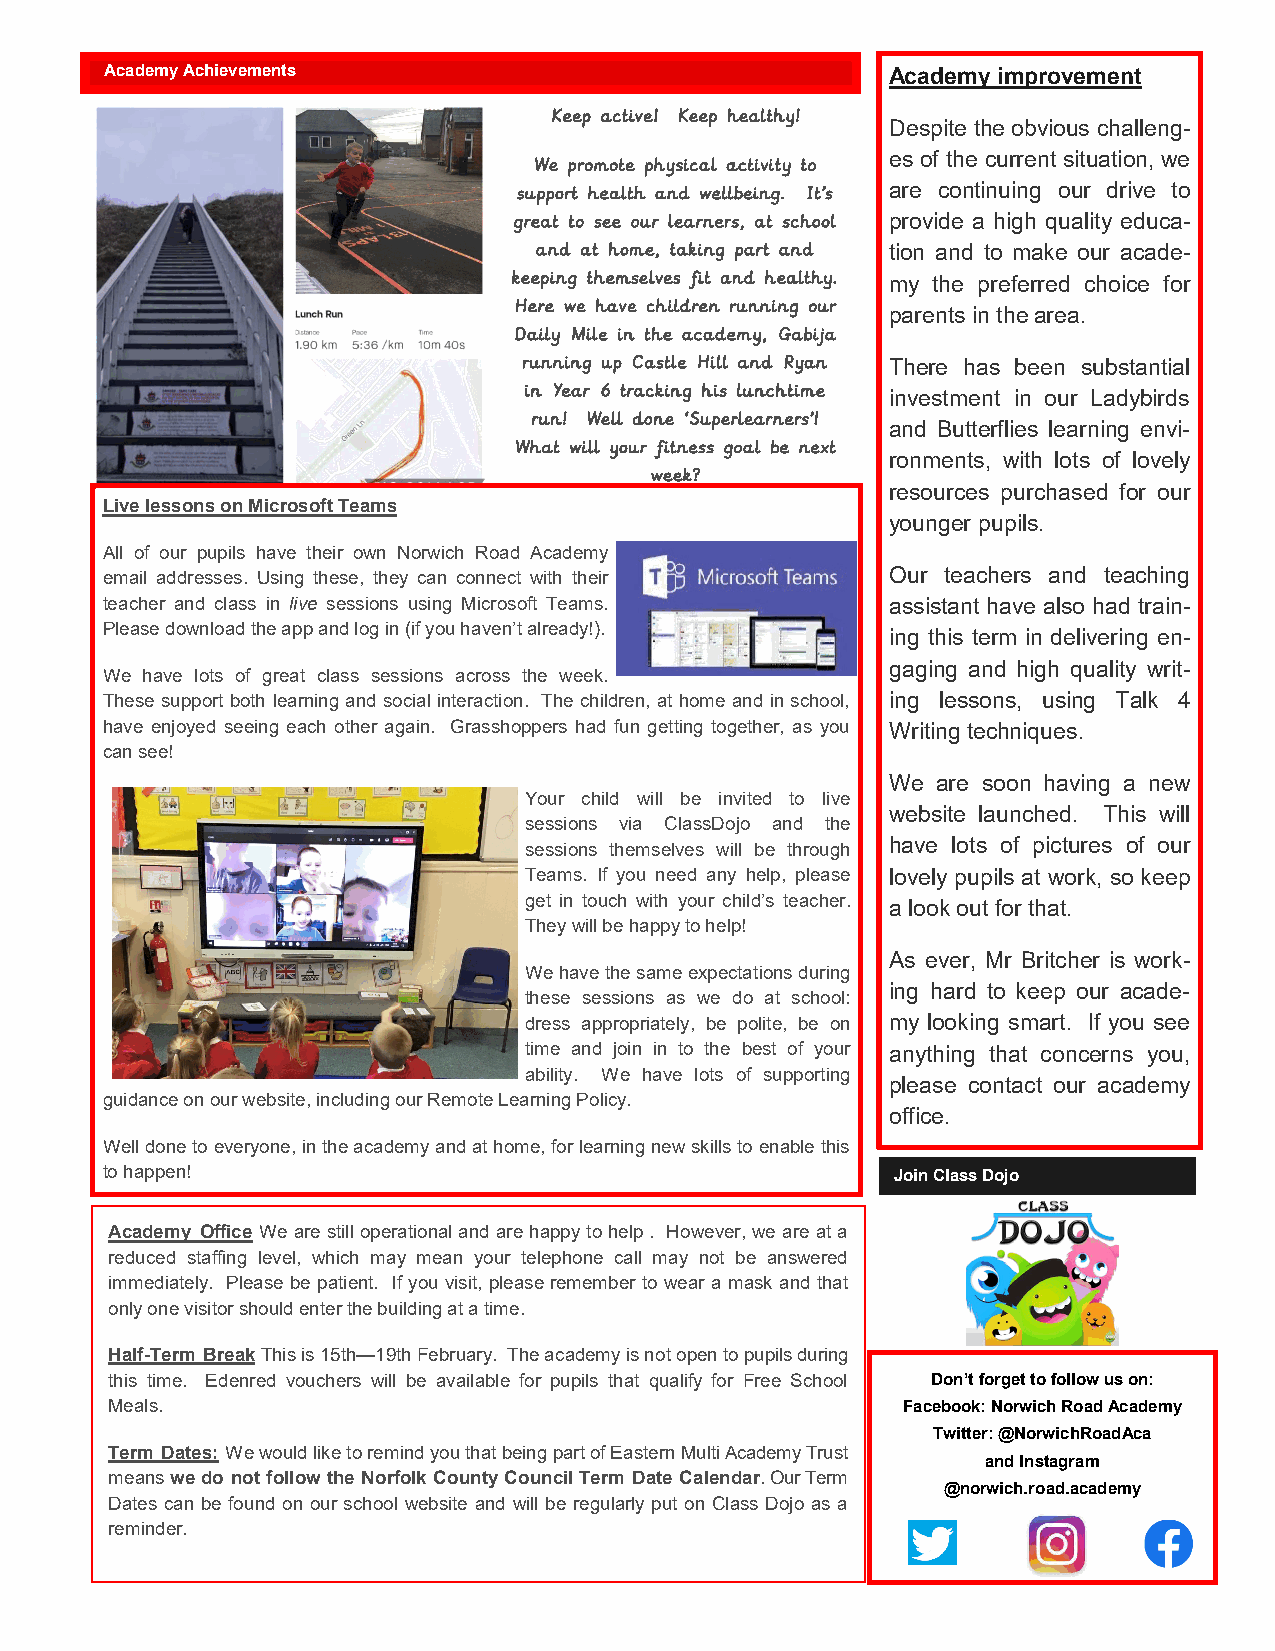
Academy Achievements                                Academy improvement
 Keep active! K eep healthy! Despite the obvious challeng-
 es of the current situation, we
 We promote physical activity to
 are continuing our drive to
 support health and wellbeing. It’s
 provide a high quality educa-
 great to see our learners, at school
 and at home, taking part and tion and to make our acade-
 keeping themselves fit and healthy. my the preferred choice for
 Here we have children running our parents in the area.
 Daily Mile in the academy, Gabija
 running up Castle Hill and Ryan There has been substantial
 in Year 6 tracking his lunchtime investment in our Ladybirds
 run! Well done ‘Superlearners’! and Butterflies learning envi-
 What will your fitness goal be next
 ronments, with lots of lovely
 week?
 resources purchased for our
 Live lessons on Microsoft Teams
 younger pupils.
 All of our pupils have their own NorKweicehp Rupo atdo dAactaed wemithy
 email addresses. Using these, they csacnh cooonl nneecwt sw aitnh dt heir Our teachers and teaching
 teacher and class in live sessions usuinpgd aMteicsr ovsioaf ty oTuera ms. assistant have also had train-
 Please download the app and log in (if you haven’t already!).
 ing this term in delivering en-
 gaging and high quality writ-
 We have lots of great class sessions across the week.
 These support both learning and social interaction. The children, at home and in school, ing lessons, using Talk 4
 have enjoyed seeing each other again. Grasshoppers had fun getting together, as you Writing techniques.
 can see!
 We are soon having a new
 Your child will be invited to live
 website launched. This will
 sessions via ClassDojo and the
 sessions themselves will be through have lots of pictures of our
 Teams. If you need any help, please lovely pupils at work, so keep
 get in touch with your child’s teacher. a look out for that.
 They will be happy to help!
 As ever, Mr Britcher is work-
 We have the same expectations during
 ing hard to keep our acade-
 these sessions as we do at school:
 dress appropriately, be polite, be on my looking smart. If you see
 time and join in to the best of your anything that concerns you,
 ability. We have lots of supporting
 please contact our academy
 guidance on our website, including our Remote Learning Policy.
 office.
 Well done to everyone, in the academy and at home, for learning new skills to enable this
 to happen!                                          Join Class Dojo
 Academy Office We are still operational and are happy to help . However, we are at a
 reduced staffing level, which may mean your telephone call may not be answered
 immediately. Please be patient. If you visit, please remember to wear a mask and that
 only one visitor should enter the building at a time.
 Half-Term Break This is 15th—19th February. The academy is not open to pupils during
 this time. Edenred vouchers will be available for pupils that qualify for Free School Don’t forget to follow us on:
 Meals.                                               Facebook: Norwich Road Academy
 Twitter: @NorwichRoadAca
 Term Dates: We would like to remind you that being part of Eastern Multi Academy Trust
 and Instagram
 means we do not follow the Norfolk County Council Term Date Calendar. Our Term
 @norwich.road.academy
 Dates can be found on our school website and will be regularly put on Class Dojo as a
 reminder.